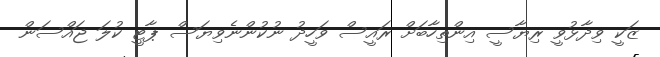
ޒަކީ ވިދާޅުވީ ރިޔާސީ އިންތިހާބަށް ރައީސް ވަހީދު ނުކުންނެވިޔަސް ޕާޓީ ކުލަ ޖައްސަން